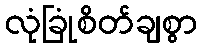
လုံခြုံစိတ်ချစွာ